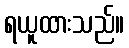
ရယူထားသည်။